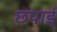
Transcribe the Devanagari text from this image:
छपार्इ